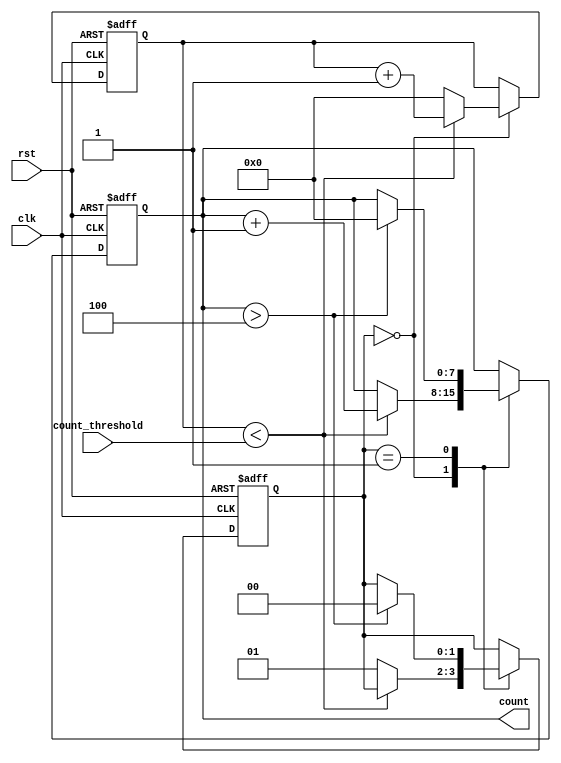
module LoopWithConditionalStatements (
  input clk,
  input rst,
  input [7:0] count_threshold,
  output reg [7:0] count
);

reg [7:0] iteration_count;
reg [1:0] state;

always @(posedge clk or posedge rst) begin
  if (rst) begin
    count <= 8'b0;
    iteration_count <= 8'b0;
    state <= 2'b00;
  end else begin
    case (state)
      2'b00: begin
        if (iteration_count < count_threshold) begin
          count <= count + 1;
          iteration_count <= iteration_count + 1;
        end else begin
          iteration_count <= 8'b0;
          state <= 2'b01;
        end
      end
      2'b01: begin
        if (count > 8'b100) begin
          count <= 8'b0;
          state <= 2'b00;
        end
      end
    endcase
  end
end

endmodule